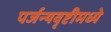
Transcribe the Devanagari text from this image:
पर्जन्यवृष्टीमध्ये